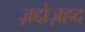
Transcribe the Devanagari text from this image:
ज़द्दोज़हद